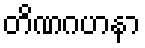
တိဏဂဟနာ